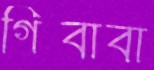
গিবাবা